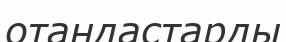
отандастарды